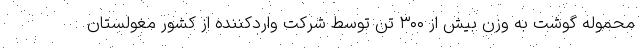
محموله گوشت به وزن بیش از ۳۰۰ تن توسط شرکت واردکننده از کشور مغولستان